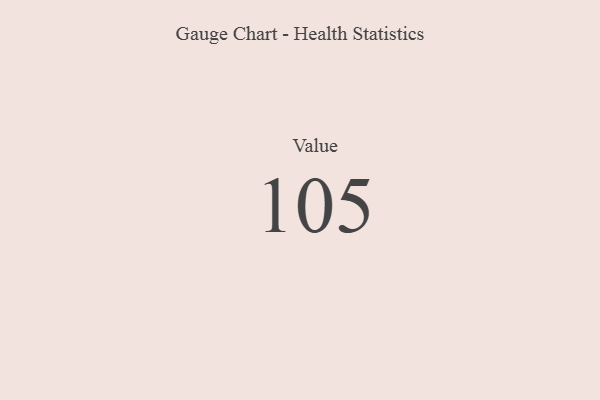
{"axis": {"x": "Metric", "y": "Value"}, "legend": [""], "data": [{"x": "Value", "y": 105, "type": ""}]}